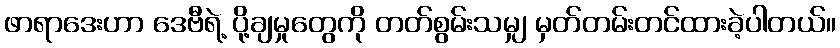
ဖာရာဒေးဟာ ဒေဗီရဲ့ ပို့ချမှုတွေကို တတ်စွမ်းသမျှ မှတ်တမ်းတင်ထားခဲ့ပါတယ်။